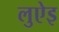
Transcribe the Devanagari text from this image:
लुऐइ